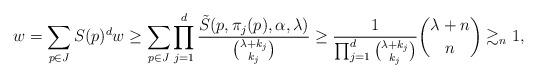
LaTeX: \begin{align*} w=\sum_{p\in J}S(p)^{d}w \geq \sum_{p\in J}\prod_{j=1}^d \frac{\tilde S(p, \pi_j(p),\alpha, \lambda)}{{\lambda+k_j\choose k_j}} \geq \frac{1}{\prod_{j=1}^d{\lambda+k_j\choose k_j}}{\lambda + n \choose n} \gtrsim_{n} 1,\end{align*}